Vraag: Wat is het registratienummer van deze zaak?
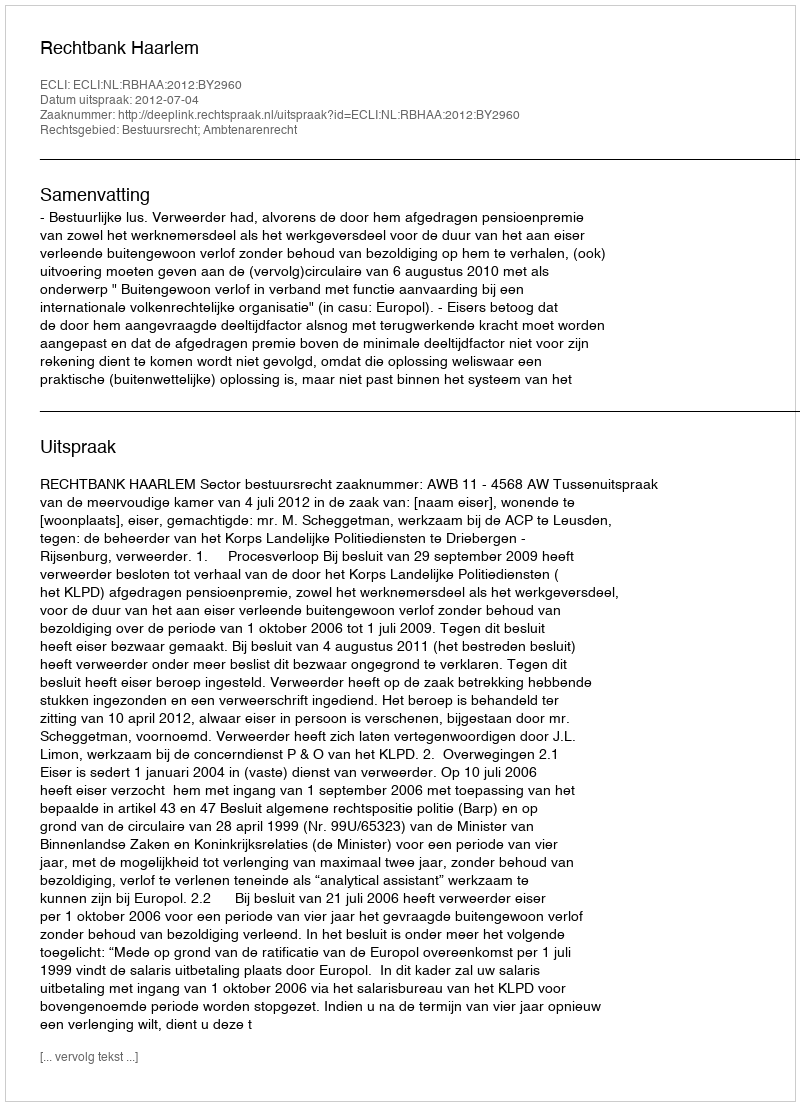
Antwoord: http://deeplink.rechtspraak.nl/uitspraak?id=ECLI:NL:RBHAA:2012:BY2960